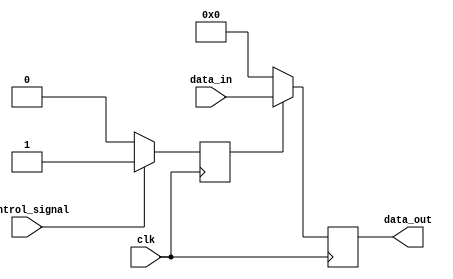
module Disable (
    input wire clk,              // clock signal
    input wire control_signal,    // control signal to enable/disable the block
    input wire [7:0] data_in,     // example input data
    output reg [7:0] data_out     // output data
);

    // Internal state variable
    reg enabled;

    // State management and output logic
    always @(posedge clk) begin
        // Update the enabled state based on control signal
        if (control_signal) begin
            enabled <= 1'b1;  // Enable the block
        end else begin
            enabled <= 1'b0;  // Disable the block
        end
    end

    // Output behavior based on enabled state
    always @(posedge clk) begin
        if (enabled) begin
            data_out <= data_in; // Pass the input data when enabled
        end else begin
            // You can choose to hold the last state or reset to a predefined state
            // Example: hold last valid state
            // data_out <= data_out; // Uncomment to hold last state
            // Reset to predefined state: 
            data_out <= 8'b0;  // Drive output to logic low when disabled
        end
    end

endmodule